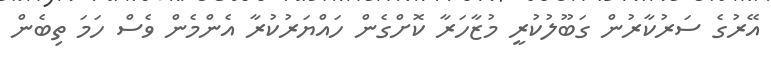
އޭރުގެ ސަރުކާރުން ގަބޫލުކުރީ މުޒާހަރާ ކޮށްގެން ހައްޔަރުކުރާ އެންމެން ވެސް ހަމަ ތިބެން